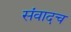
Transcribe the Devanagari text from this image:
संवादच